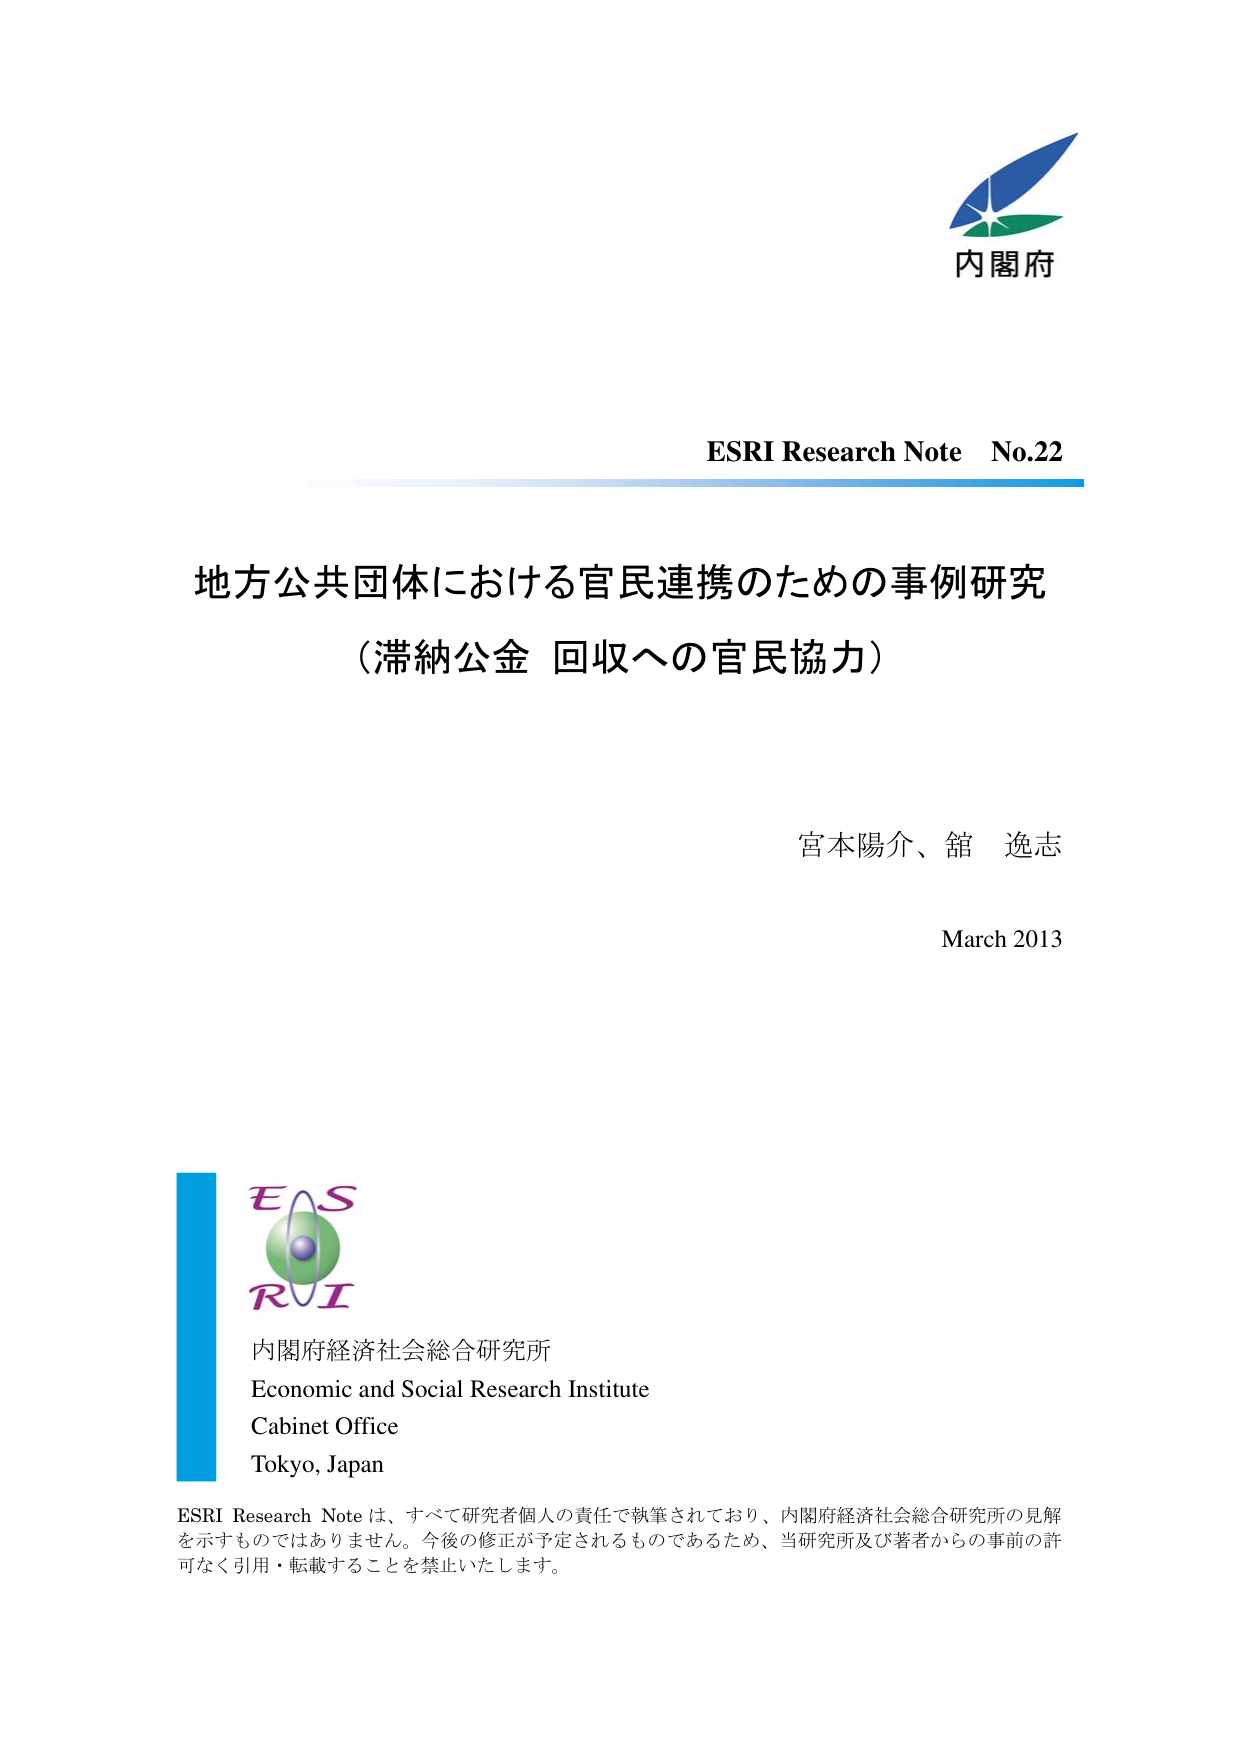
内閣府

ESRI Research Note No.22

地方公共団体における官民連携のための事例研究
（滞納公金 回収への官民協力）

宮本陽介、舘 逸志

March 2013

E S
R I
内閣府経済社会総合研究所
Economic and Social Research Institute
Cabinet Office
Tokyo, Japan

ESRI Research Note は、すべて研究者個人の責任で執筆されており、内閣府経済社会総合研究所の見解を示すものではありません。今後の修正が予定されるものであるため、当研究所及び著者からの事前の許可なく引用・転載することを禁止いたします。